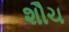
શૌચ